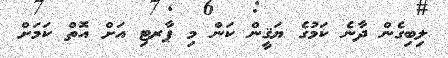
ލިބިގެން ދާނެ ކަމުގެ ޔަޤީން ކަން މި ޕާރޓި އަށް އޮތް ކަމަށް